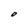
Character: O